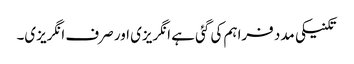
تکنیکی مدد فراہم کی گئی ہے انگریزی اور صرف انگریزی۔